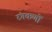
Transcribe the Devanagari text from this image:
रंगकणों